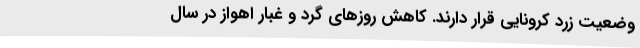
وضعیت زرد کرونایی قرار دارند. کاهش روزهای گرد و غبار اهواز در سال